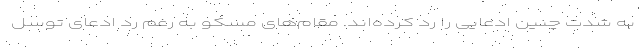
به شدت چنین ادعایی را رد کرده‌اند. مقام‌های مسکو به رغم رد ادعای توسل